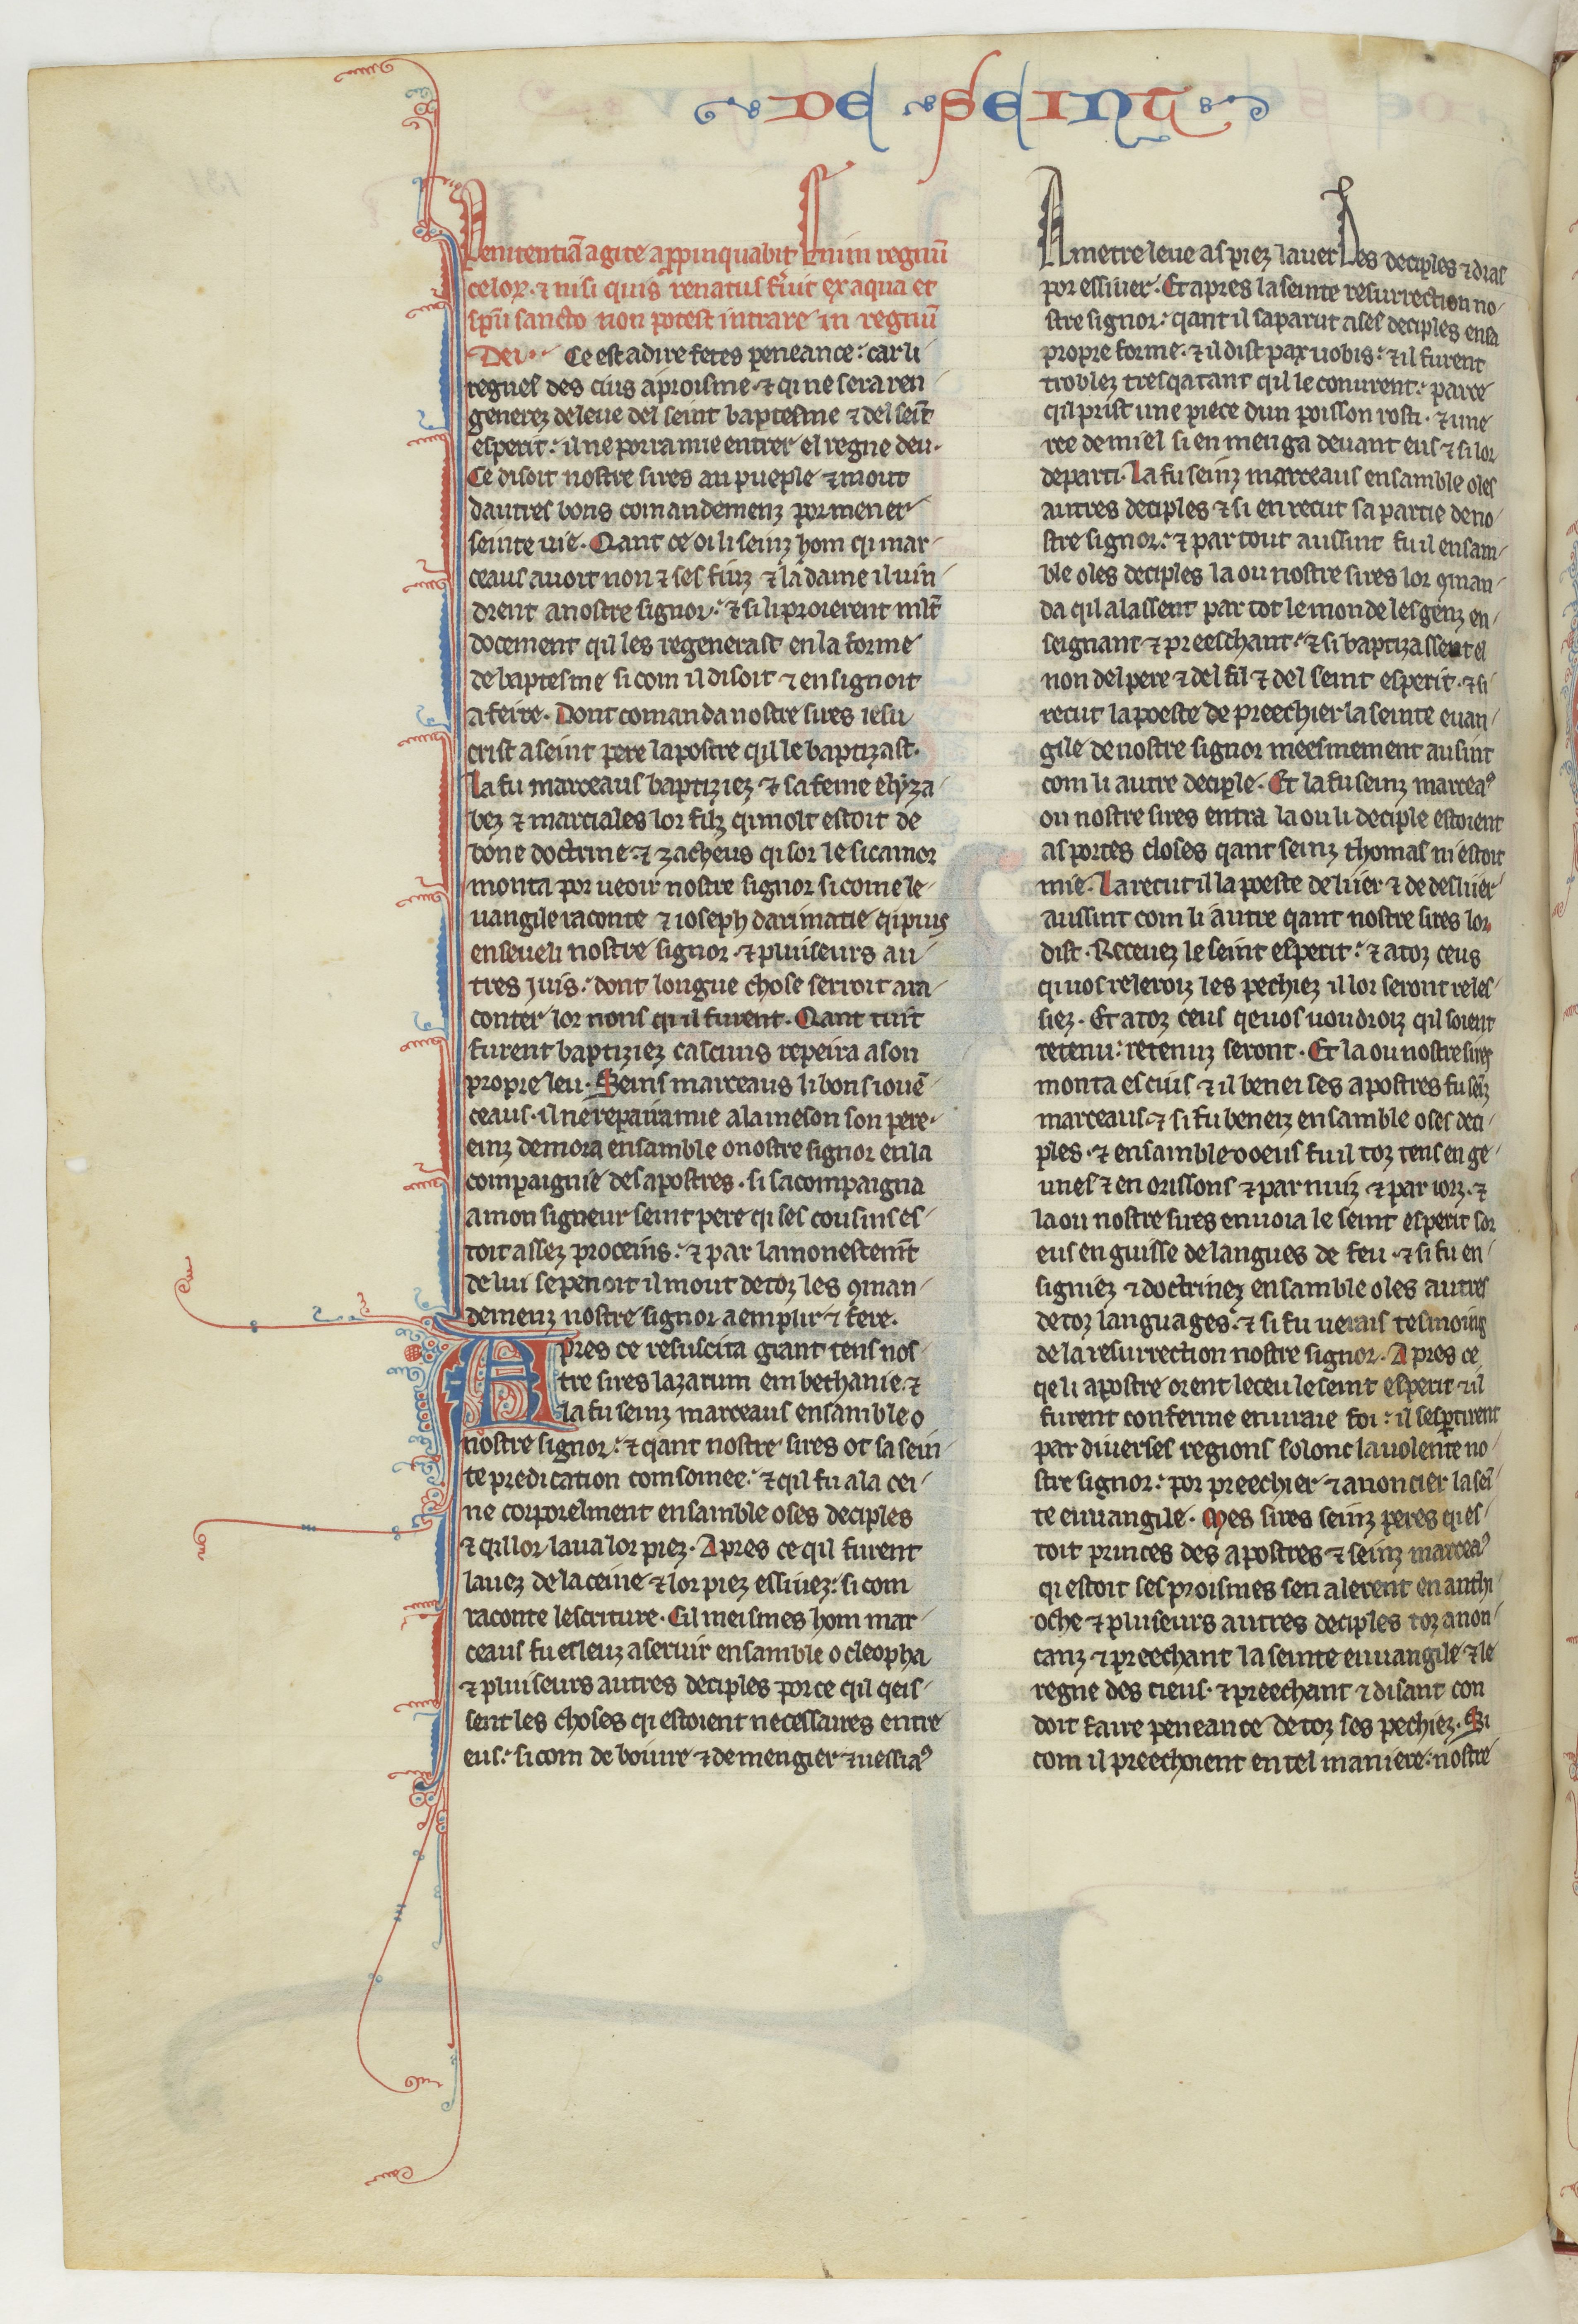
Shelfmark: Paris, BnF, fr. 412
Century: 13